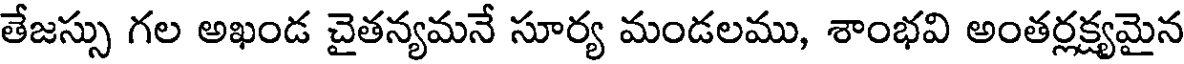
తేజస్సు గల అఖండ చైతన్యమనే సూర్య మండలము, శాంభవి అంతర్లక్ష్యమైన